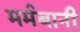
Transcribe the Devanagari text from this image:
मर्मबानी